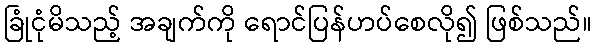
ခြုံငုံမိသည့် အချက်ကို ရောင်ပြန်ဟပ်စေလို၍ ဖြစ်သည်။